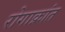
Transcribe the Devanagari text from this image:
रोगाक्रांत